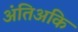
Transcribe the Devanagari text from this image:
अंतिअकि